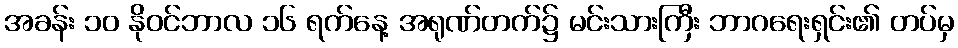
အခန်း ၁၀ နိုဝင်ဘာလ ၁၆ ရက်နေ့ အရုဏ်တက်၌ မင်းသားကြီး ဘာဂရေးရှင်း၏ တပ်မှ